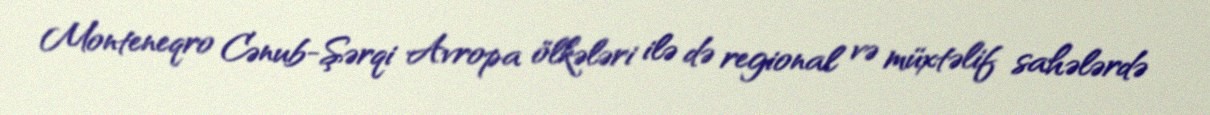
Monteneqro Cənub-Şərqi Avropa ölkələri ilə də regional və müxtəlif sahələrdə